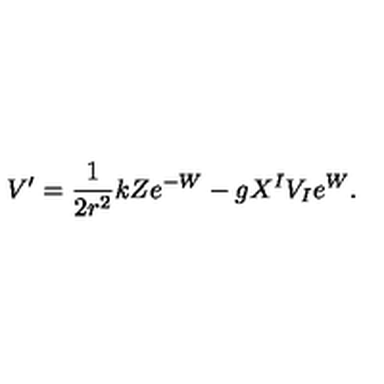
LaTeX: V ^ { \prime } = \frac { 1 } { 2 r ^ { 2 } } k Z e ^ { - W } - g X ^ { I } V _ { I } e ^ { W } .